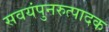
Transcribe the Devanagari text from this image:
सवयंपुनरुत्पादक